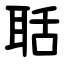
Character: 聒